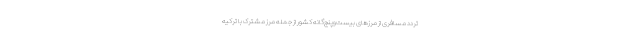
تردد مسافری از مرزهای بیست‌وپنج‌گانه کشور از جمله مرز مشترک با ترکیه